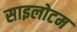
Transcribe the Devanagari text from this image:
साइलोटम